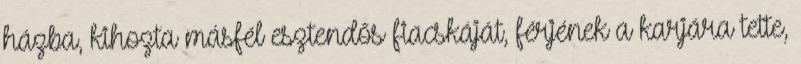
házba, kihozta másfél esztendős fiacskáját, férjének a karjára tette,